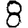
Digit: 8